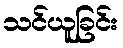
သင်ယူခြင်း